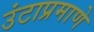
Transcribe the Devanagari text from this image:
उंटाप्रमाणे